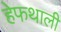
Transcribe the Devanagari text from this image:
हेफथाली